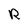
Character: R